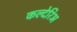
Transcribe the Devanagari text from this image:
कल्देरिअ